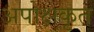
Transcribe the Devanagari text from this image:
अपोक्षकृत